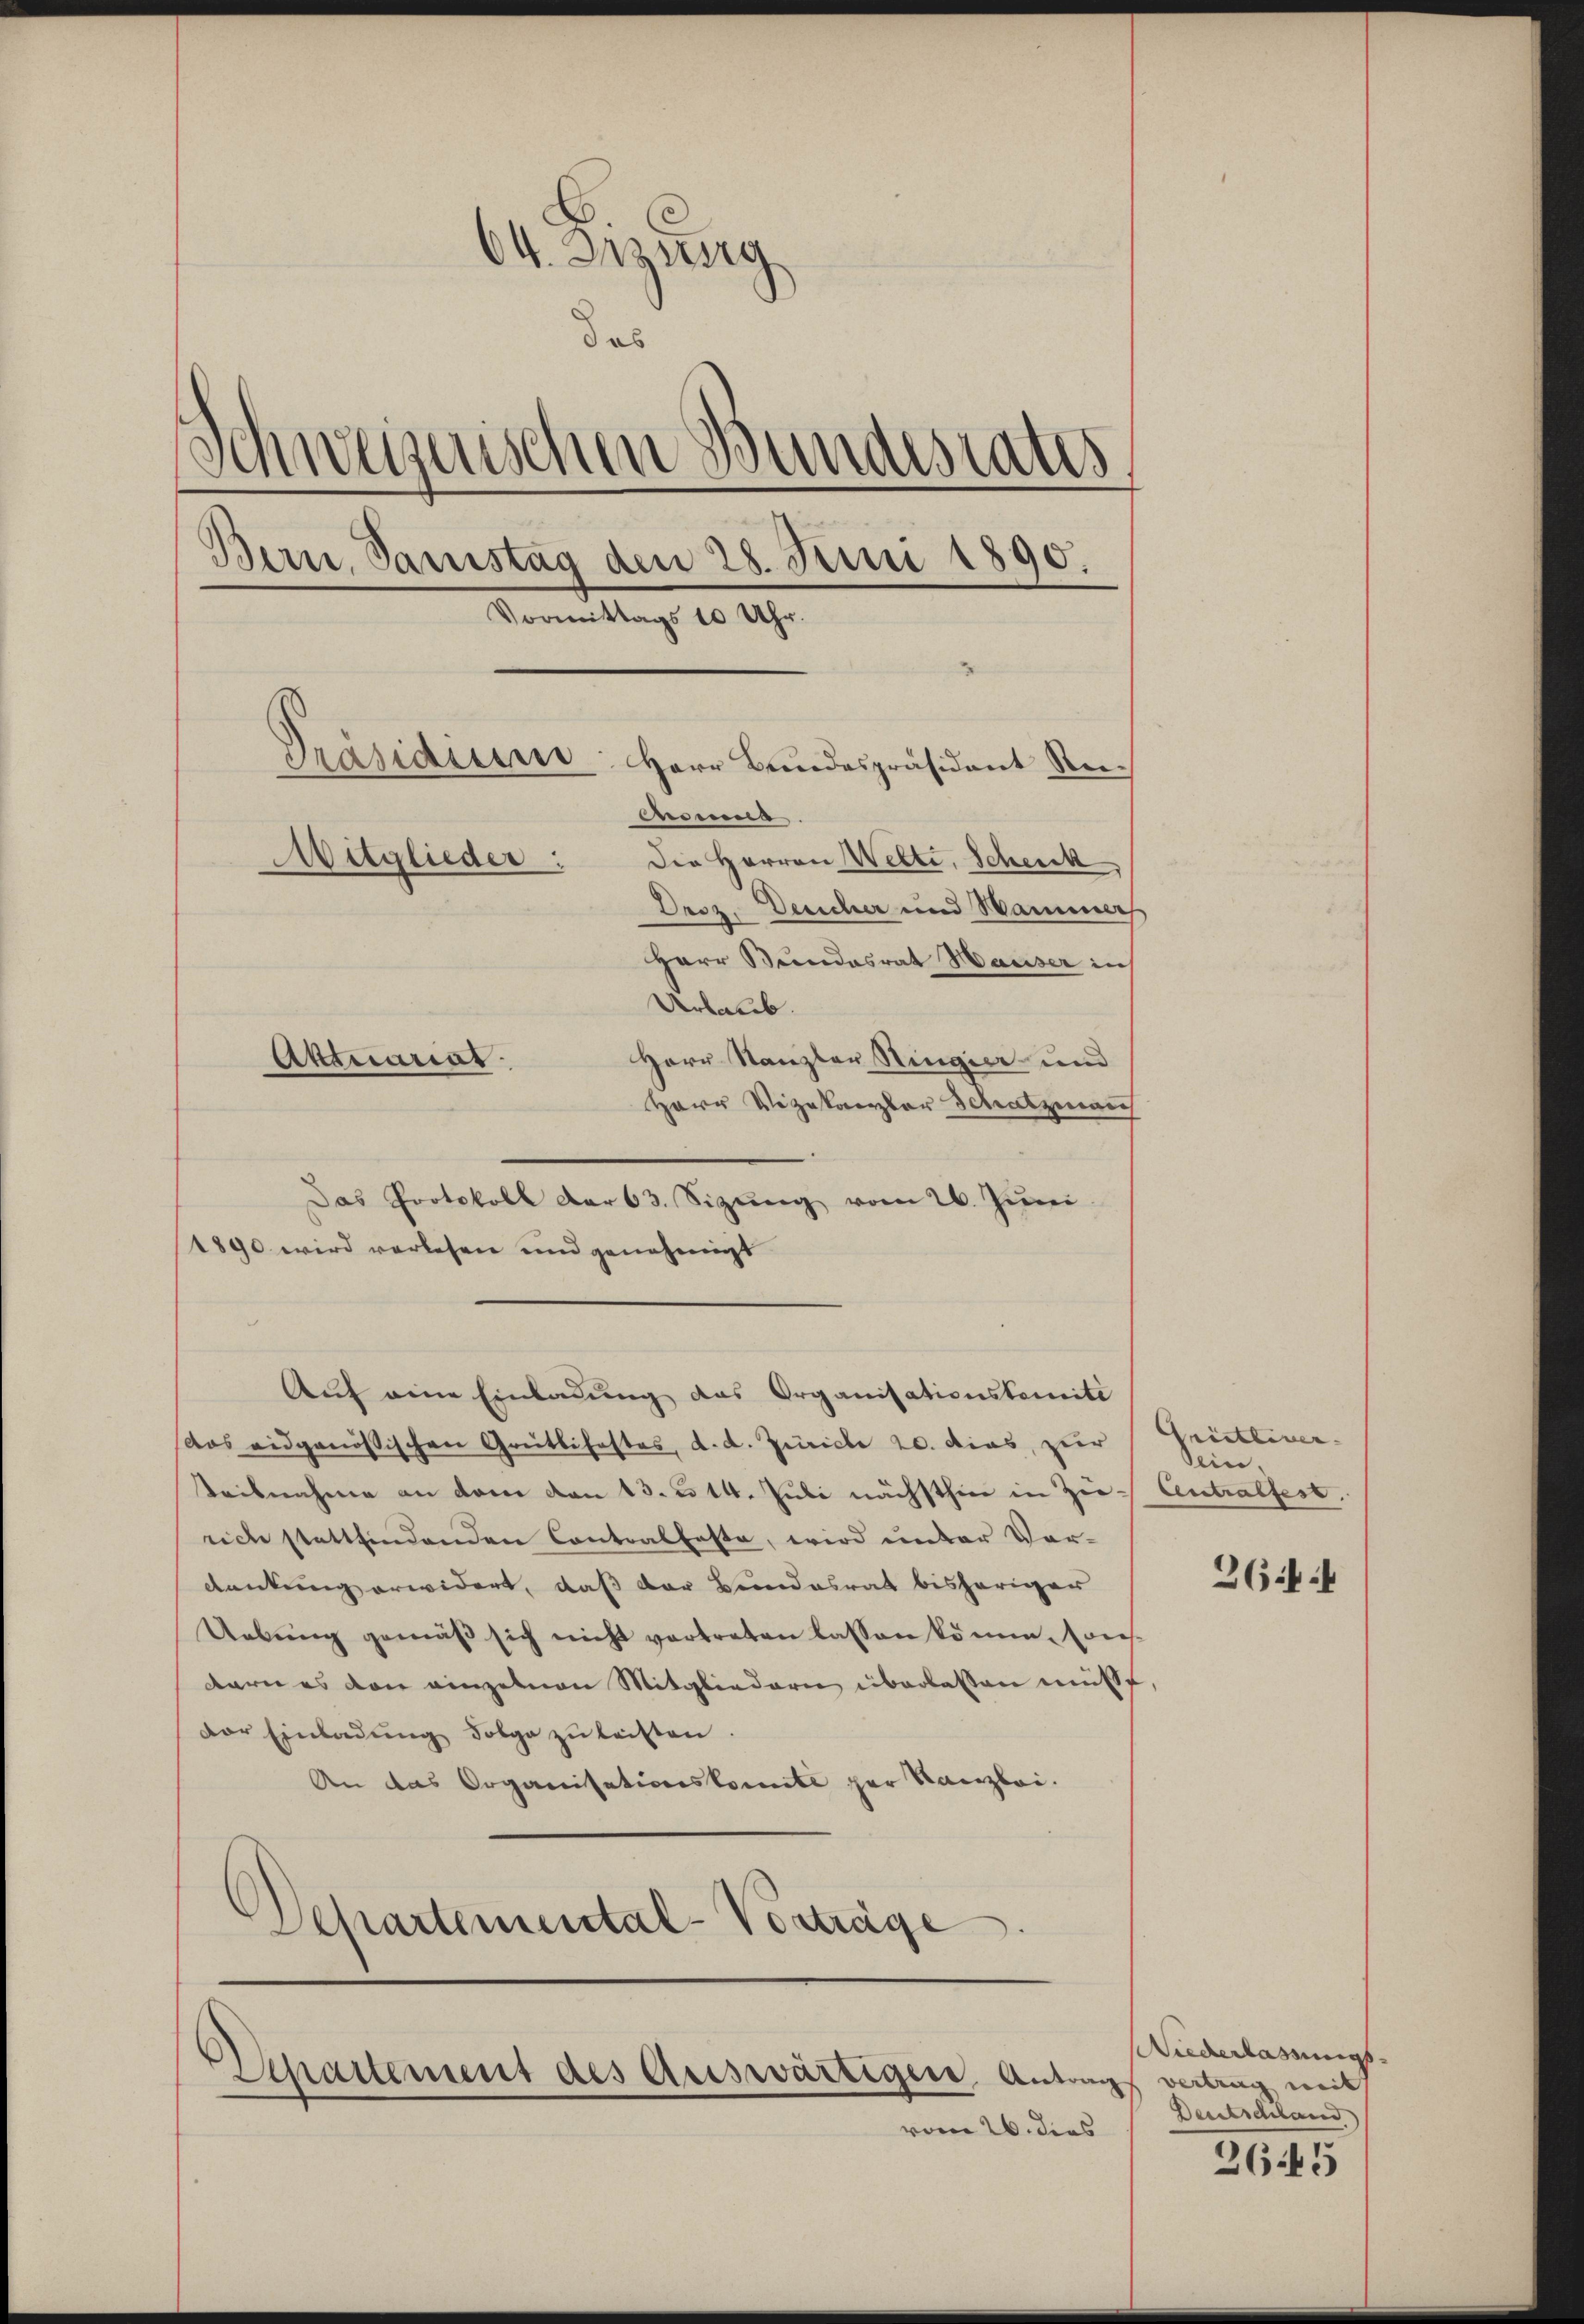
64. Sizung
das
Schweizerischen Bundesaus
Bern, Samstag den 28. Juni 1890.
Vormittags 10 Uhr.
Präsidium
Herr Bundespräsident Rei¬
Anoma
Die Herren Welti, Schenk
Mitglieder:
Droz. Desicher und Sammers
Herr Bundesrat Hauser in
Urlaub.
Herr Stanzler Stingier und
Aktuariat

Herr Vizekanzler Schatzman
Das Protokoll dar 63. Sigŭng vom 26. Juni.
1890 wird verlesen und genehmigt
das eidgenössischen Greiflifestes, d. d. Zürich 20. dies, zur
Teilnahme an dem von 13. u 14. Juli nächsthier in Zierich stattfindenden Contralfeste, wird unter Vor-
dankung erwidert, daß der Bundesrat bisheriger
Uebŭng gemäβ sich nicht vertreten lassen könne. Cons
barn es von einzelnen Mitgliedern überlassen musst
der Einladŭng Folge zŭ leisten.
An das Organisationskomite par Kanzlei.
Departemental-Vorträge

Auf eine Einladung des Organisationskomite

Zepartement des Auswärtigen, Antrag vertrag mit
vom 26. dies

Grütliver
sein,
Antralfest.
264 ff

Niederlassungs
Deutschland

2645